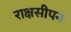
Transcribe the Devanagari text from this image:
राक्षसीपन